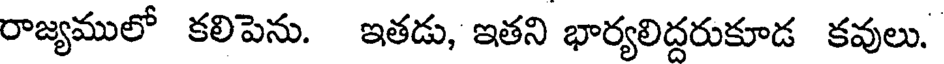
రాజ్యములో కలిపెను. ఇతడు, ఇతని భార్యలిద్దరుకూడ కవులు.